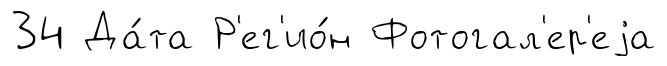
34 Да́та Р'ег'ио́н Фотогал'ер'еjа